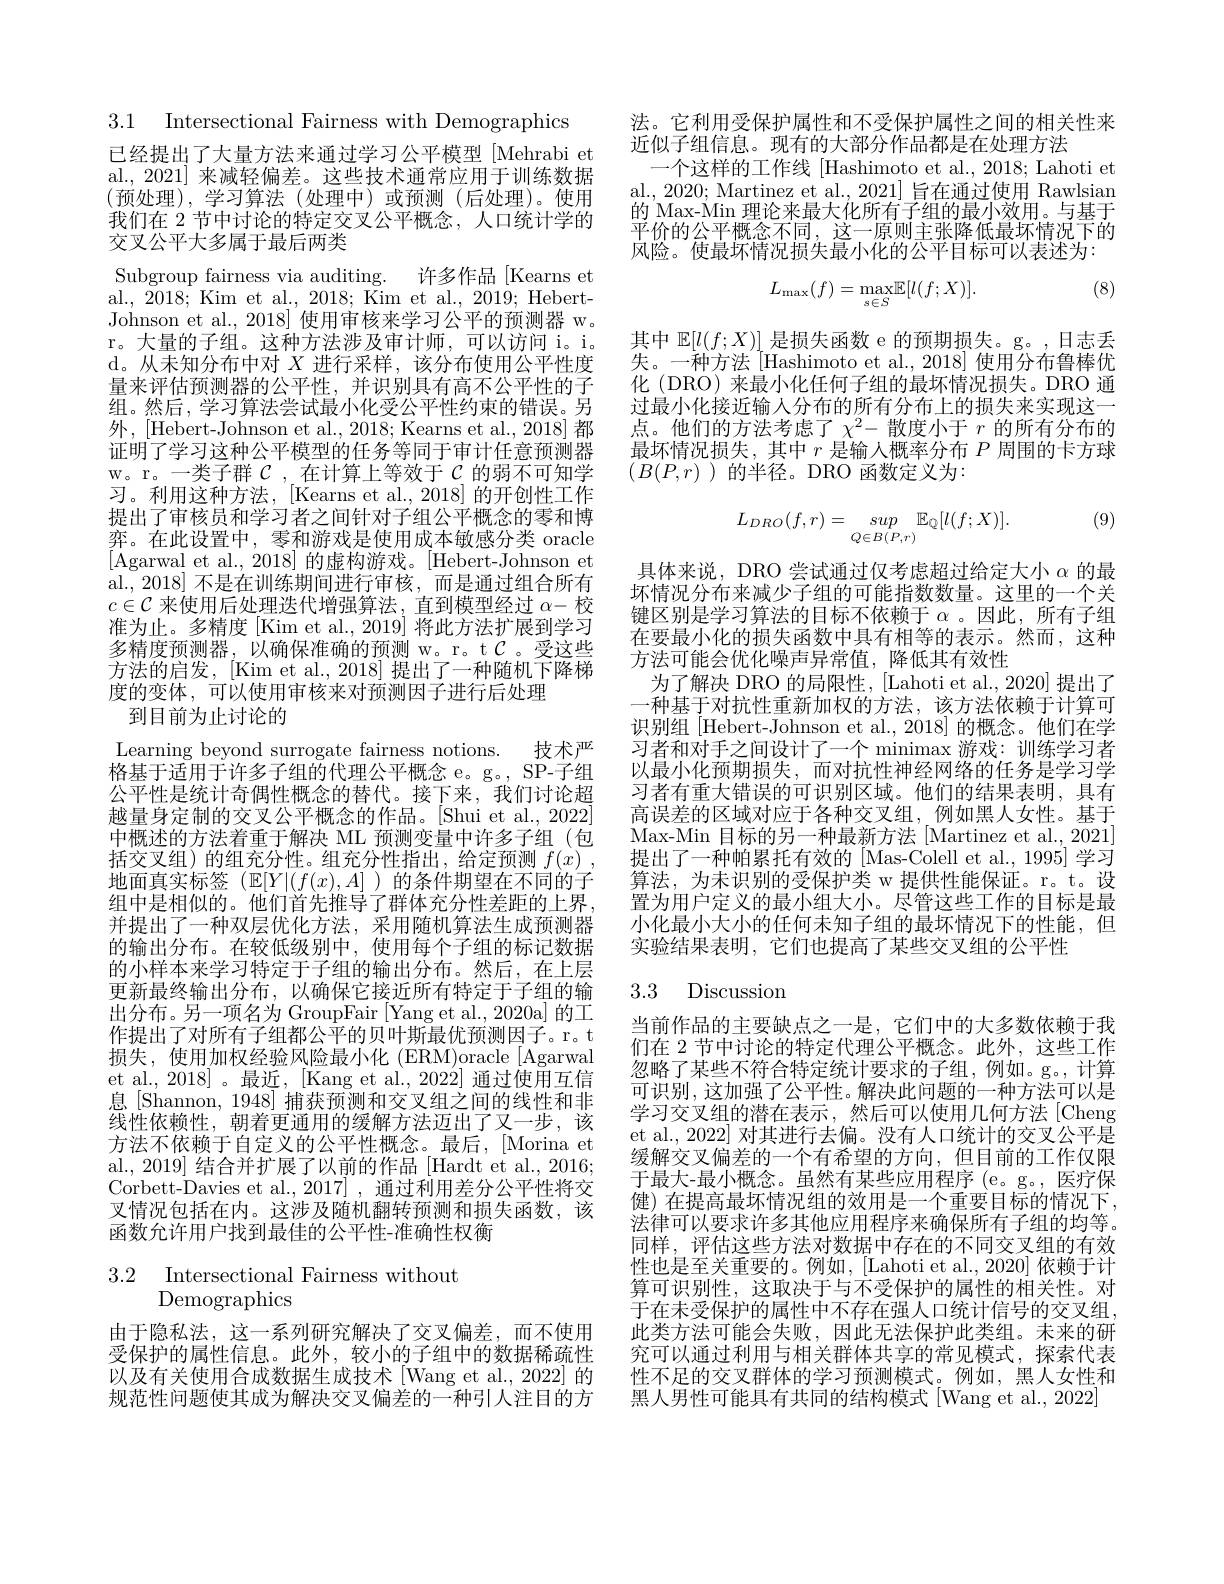
已经提出了大量方法来通过学习公平模型[Mehrabi et al., 2021] 来减轻偏差。这些技术通常应用于训练数据(预处理),学习算法(处理中)或预测(后处理)。使用我们在 2 节中讨论的特定交叉公平概念，人口统计学的交叉公平大多属于最后两类

3.1 Intersectional Fairness with Demographics
Subgroup fairness via auditing. 许多作品[Kearns et al., 2018; Kim et al., 2018; Kim et al., 2019; HebertJohnson et al., 2018] 使用审核来学习公平的预测器 w。r。大量的子组。这种方法涉及审计师，可以访问 i。i。d。从未知分布中对$X$进行采样，该分布使用公平性度量来评估预测器的公平性，并识别具有高不公平性的子组。然后，学习算法尝试最小化受公平性约束的错误。另外，[Hebert-Johnson et al., 2018; Kearns et al., 2018] 都证明了学习这种公平模型的任务等同于审计任意预测器w。r。一类子群$\mathcal{C}$,在计算上等效于$\mathcal{C}$的弱不可知学习。利用这种方法，[Kearns et al.,2018]的开创性工作提出了审核员和学习者之间针对子组公平概念的零和博弈。在此设置中，零和游戏是使用成本敏感分类 oracle [Agarwal et al., 2018] 的虚构游戏。[Hebert-Johnson et al.,2018] 不是在训练期间进行审核，而是通过组合所有$c\in\mathcal{C}$ 来使用后处理迭代增强算法，直到模型经过 $\alpha-$校准为止。多精度[Kim et al., 2019] 将此方法扩展到学习多精度预测器，以确保准确的预测 w。r。t$\mathcal{C}$。受这些方法的启发，[Kim et al., 2018] 提出了一种随机下降梯度的变体，可以使用审核来对预测因子进行后处理
到目前为止讨论的
Learning beyond surrogate fairness notions.
技术严
格基于适用于许多子组的代理公平概念 e。g。, SP-子组公平性是统计奇偶性概念的替代。接下来，我们讨论超越量身定制的交叉公平概念的作品。[Shui et al., 2022] 中概述的方法着重于解决 ML 预测变量中许多子组(包括交叉组)的组充分性。组充分性指出，给定预测$f(x)$, 地面真实标签($\mathbb{E}[Y|(f(x),A]$)的条件期望在不同的子组中是相似的。他们首先推导了群体充分性差距的上界并提出了一种双层优化方法，采用随机算法生成预测器的输出分布。在较低级别中，使用每个子组的标记数据的小样本来学习特定于子组的输出分布。然后，在上层更新最终输出分布，以确保它接近所有特定于子组的输出分布。另一项名为 GroupFair [Yang et al., 2020a] 的工作提出了对所有子组都公平的贝叶斯最优预测因子。r。t 损失，使用加权经验风险最小化 (ERM)oracle [Agarwal et al., 2018]。最近，[Kang et al., 2022] 通过使用互信息[Shannon, 1948] 捕获预测和交叉组之间的线性和非线性依赖性，朝着更通用的缓解方法迈出了又一步，该方法不依赖于自定义的公平性概念。最后，[Morina et al., 2019] 结合并扩展了以前的作品 [Hardt et al., 2016; Corbett-Davies et al.,2017] , 通过利用差分公平性将交叉情况包括在内。这涉及随机翻转预测和损失函数，该函数允许用户找到最佳的公平性-准确性权衡

# $\begin{array}{ll}{3.2}&{{\mathrm{Intersectional~Fairness~without}}}\\&{{\mathrm{Demographics}}}\end{array}$

由于隐私法，这一系列研究解决了交叉偏差，而不使用受保护的属性信息。此外，较小的子组中的数据稀疏性以及有关使用合成数据生成技术[Wang et al., 2022] 的规范性问题使其成为解决交叉偏差的一种引人注目的方

法。它利用受保护属性和不受保护属性之间的相关性来
近似子组信息。现有的大部分作品都是在处理方法
一个这样的工作线 [Hashimoto et al., 2018; Lahoti et al., 2020; Martinez et al., 2021] 旨在通过使用 Rawlsian 的 Max-Min 理论来最大化所有子组的最小效用。与基于平价的公平概念不同，这一原则主张降低最坏情况下的风险。使最坏情况损失最小化的公平目标可以表述为：

(8)
$$L_{\max}(f)=\max_{s\in S}\mathbb{E}[l(f;X)].$$
其中$\mathbb{E}[l(f;X)]$是损失函数 e 的预期损失。g。,日志丢失。一种方法[Hashimoto et al., 2018] 使用分布鲁棒优化 (DRO) 来最小化任何子组的最坏情况损失。DRO 通过最小化接近输人分布的所有分布上的损失来实现这一点。他们的方法考虑了$\chi^2-$散度小于$r$的所有分布的最坏情况损失，其中$r$是输人概率分布$P$周围的卡方球$(B(P,r)$ )的半径。DRO 函数定义为：

(9)
$$L_{DRO}(f,r)=\underset{Q\in B(P,r)}{sup}\mathbb{E}_{\mathbb{Q}}[l(f;X)].$$
具体来说，DRO 尝试通过仅考虑超过给定大小$\alpha$的最坏情况分布来减少子组的可能指数数量。这里的一个关键区别是学习算法的目标不依赖于$\alpha$ 。因此，所有子组在要最小化的损失函数中具有相等的表示。然而，这种方法可能会优化噪声异常值，降低其有效性
为了解决 DRO 的局限性，[Lahoti et al., 2020] 提出了一种基于对抗性重新加权的方法，该方法依赖于计算可识别组 [Hebert-Johnson et al., 2018] 的概念。他们在学习者和对手之间设计了一个 minimax 游戏：训练学习者以最小化预期损失，而对抗性神经网络的任务是学习学习者有重大错误的可识别区域。他们的结果表明，具有高误差的区域对应于各种交叉组，例如黑人女性。基于Max- Min 目标的另一种最新方法 [Martinez et al.,2021] 提出了一种帕累托有效的[Mas-Colell et al., 1995] 学习算法，为未识别的受保护类 w 提供性能保证。r。t。设置为用户定义的最小组大小。尽管这些工作的目标是最小化最小大小的任何未知子组的最坏情况下的性能，但实验结果表明，它们也提高了某些交叉组的公平性

## 3.3 Discussion

当前作品的主要缺点之一是，它们中的大多数依赖于我们在 2 节中讨论的特定代理公平概念。此外，这些工作忽略了某些不符合特定统计要求的子组，例如。g。,计算可识别，这加强了公平性。解决此问题的一种方法可以是学习交叉组的潜在表示，然后可以使用几何方法[Cheng et al., 2022] 对其进行去偏。没有人口统计的交叉公平是缓解交叉偏差的一个有希望的方向，但目前的工作仅限于最大-最小概念。虽然有某些应用程序 (e。g。,医疗保健) 在提高最坏情况组的效用是一个重要目标的情况下， 法律可以要求许多其他应用程序来确保所有子组的均等。同样，评估这些方法对数据中存在的不同交叉组的有效性也是至关重要的。例如，[Lahoti et al., 2020] 依赖于计算可识别性，这取决于与不受保护的属性的相关性。对于在未受保护的属性中不存在强人口统计信号的交叉组， 此类方法可能会失败，因此无法保护此类组。未来的研究可以通过利用与相关群体共享的常见模式，探索代表性不足的交叉群体的学习预测模式。例如，黑人女性和黑人男性可能具有共同的结构模式[Wang et al., 2022]